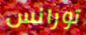
تورانس